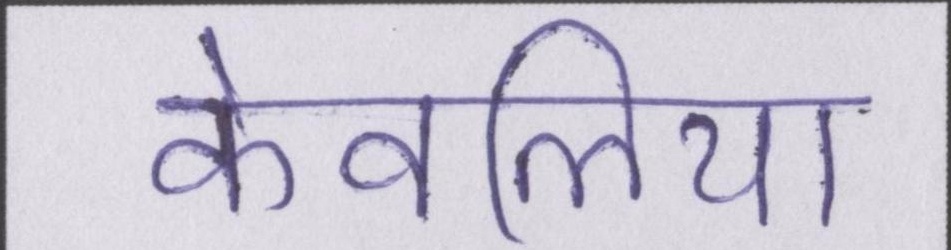
केवलिया